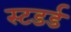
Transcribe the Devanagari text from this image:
स्टडर्ड